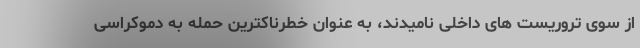
از سوی تروریست های داخلی نامیدند، به عنوان خطرناکترین حمله به دموکراسی